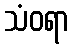
သံဝရာ